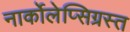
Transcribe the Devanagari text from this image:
नार्कोलेप्सिग्रस्त